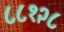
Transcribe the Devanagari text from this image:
८८१२८